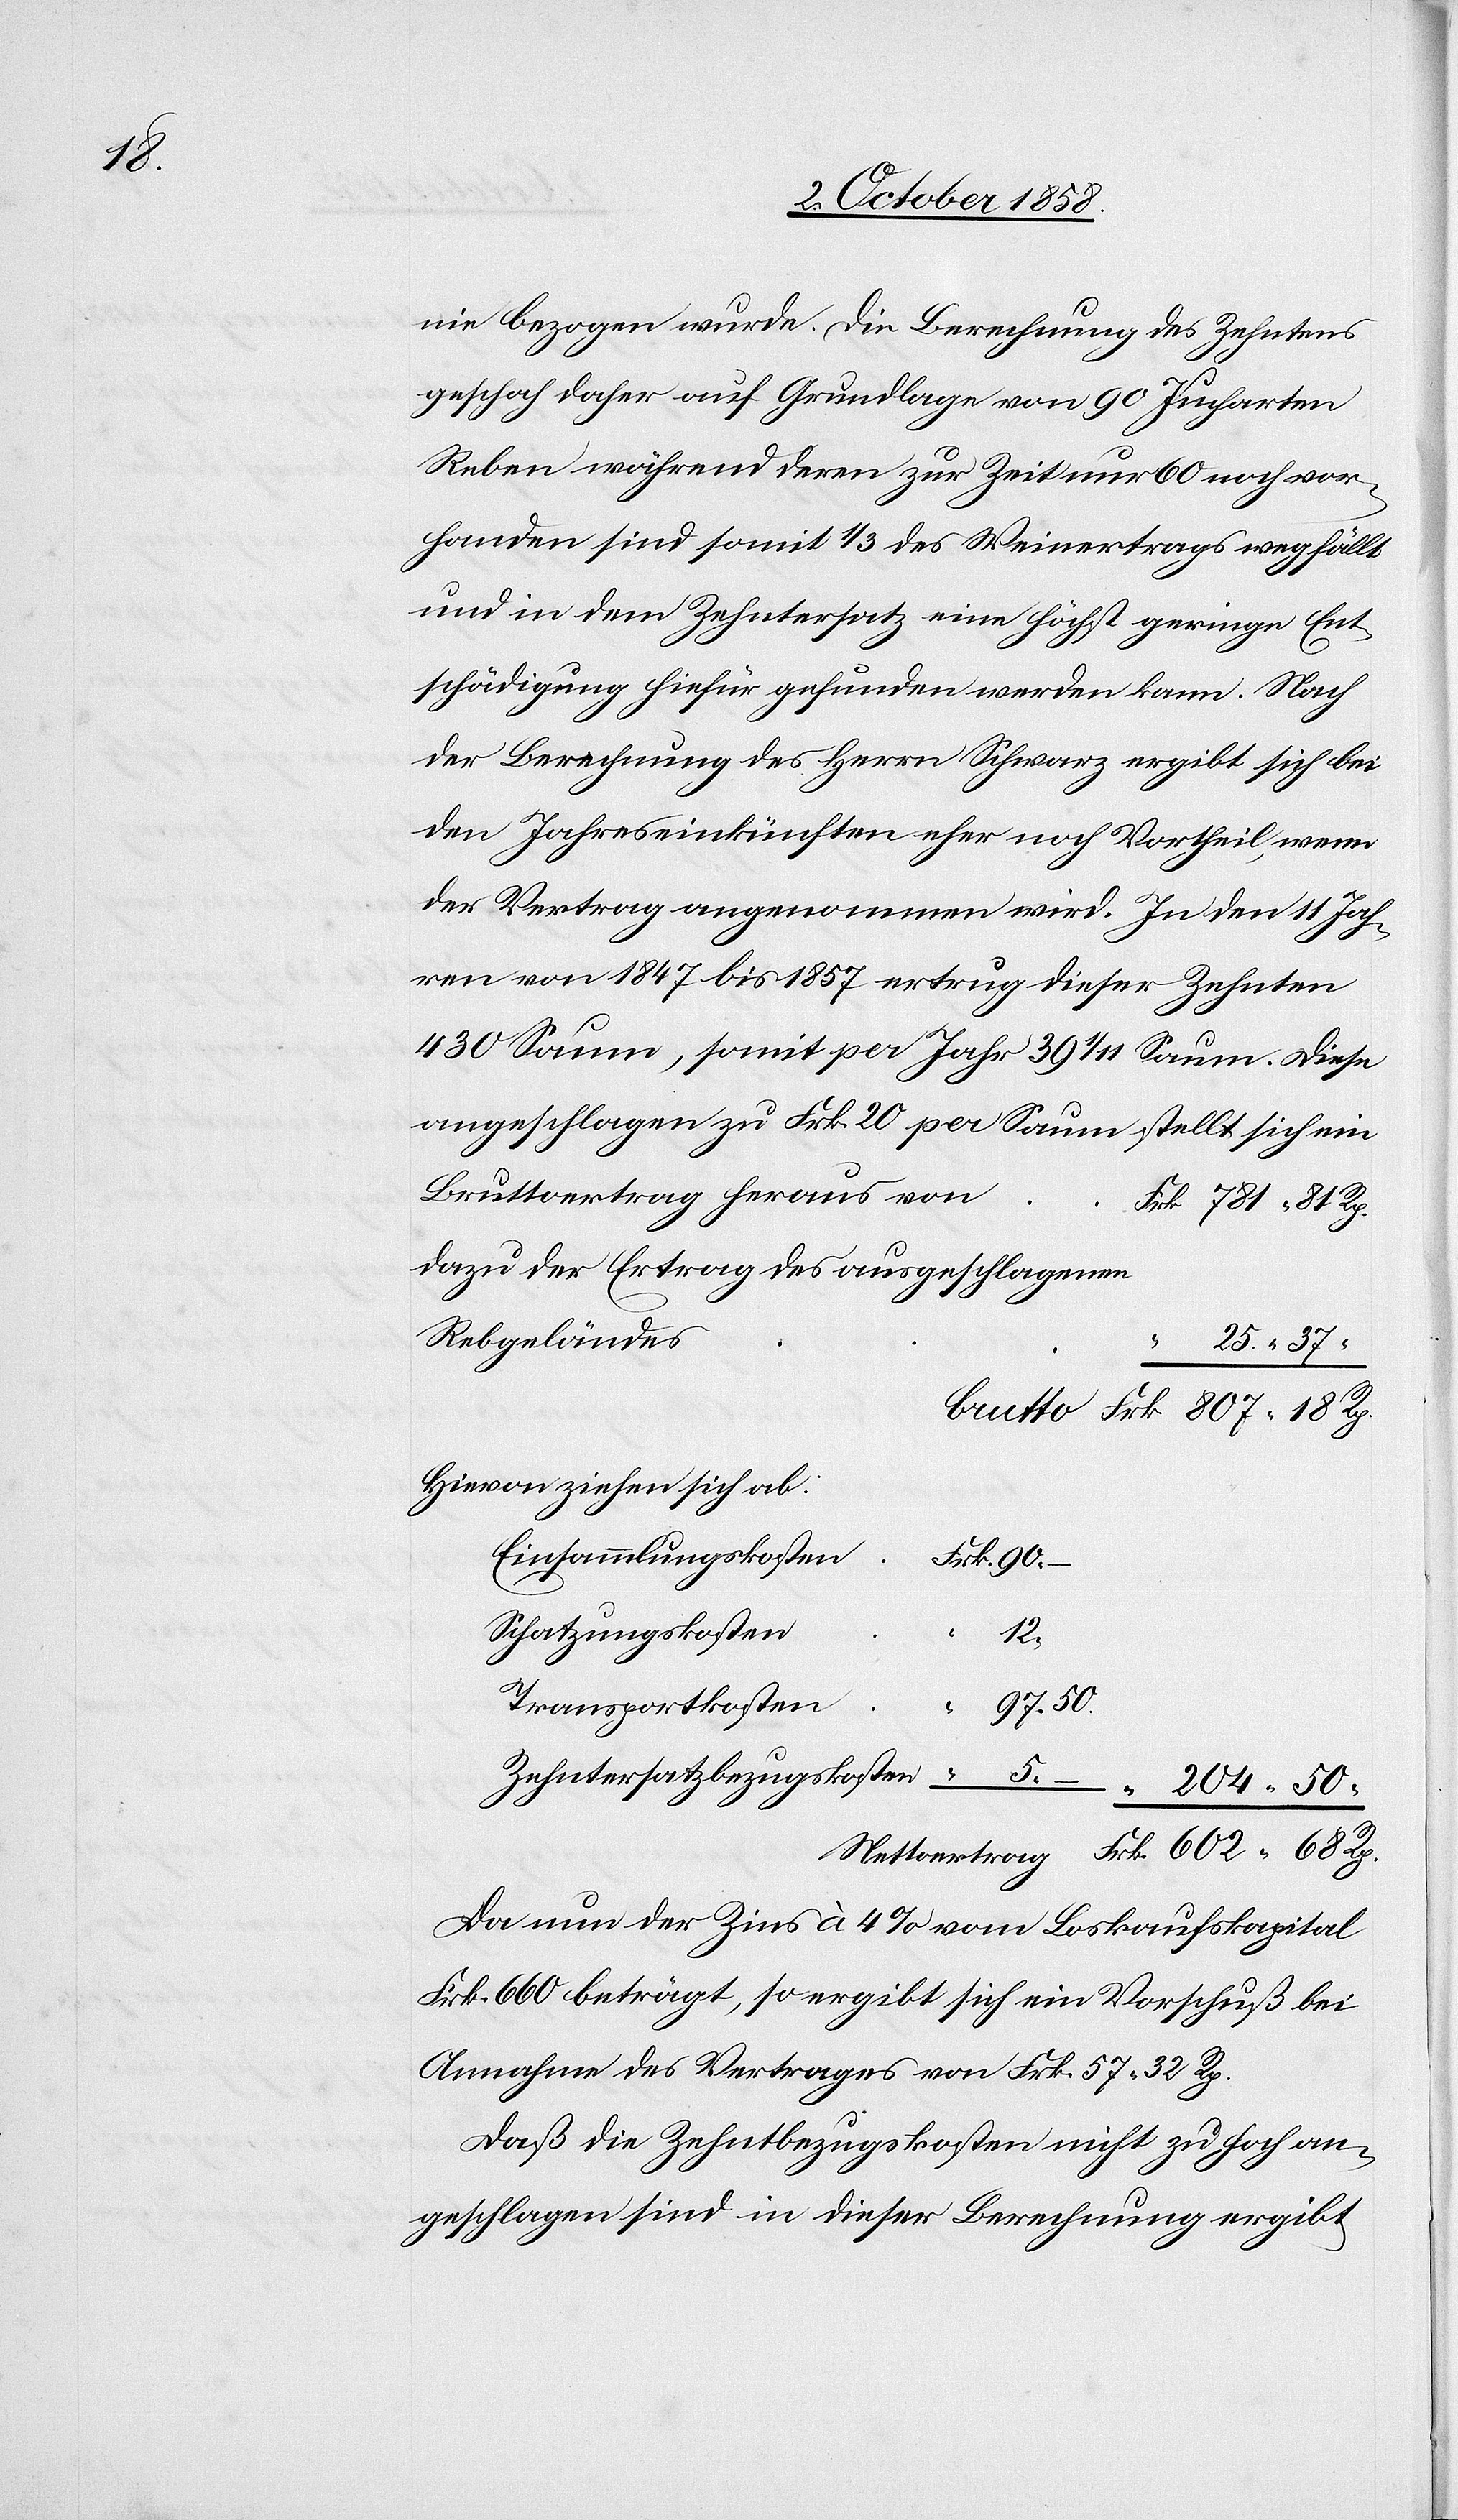
204.

nie bezogen wurde. Die Berechnung des Zehntens
geschah daher auf Grundlage von 90 Jucharten
Reben während deren zur Zeit nur 60 noch vor¬
handen sind somit 1/3 des Weinertrags wegfällt
und in dem Zehntersatz eine höchst geringe Ent¬
schädigung hiefür gefunden werden kann. Nach
der Berechnung des Herrn Schwarz ergibt sich bei
den Jahreseinkünften eher noch Vortheil, wenn
der Vertrag angenommen wird. In den 11 Jah¬
ren von 1847 bis 1857 ertrug dieser Zehnten
430 Saum, somit per Jahr 39 1/11 Saum. Diese
angeschlagen zu Frk. 20 per Saum stellt sich ein
Bruttoertrag heraus von
Frk. 602. 68 Rp.
dazu der Ertrag des ausgeschlagenen
Rebgeländes
“ 25. 37 “
Hievon ziehen sich ab:
Einsammlungskosten
Frk. 90. –
50.
Schatzungskosten
12.
Da nun der Zins à 4% vom Loskaufskapital
Frk. 660 beträgt, so ergibt sich ein Vorschuß bei
Annahme des Vertrages von Frk. 57. 32 Rp.
Daß die Zehntbezugskosten nicht zu hoch an¬
geschlagen sind in dieser Berechnung ergibt